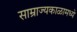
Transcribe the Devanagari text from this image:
साम्राज्यकाळामध्ये